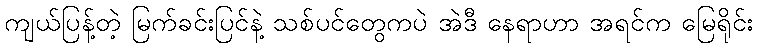
ကျယ်ပြန့်တဲ့ မြက်ခင်းပြင်နဲ့ သစ်ပင်တွေကပဲ အဲဒီ နေရာဟာ အရင်က မြေရိုင်း